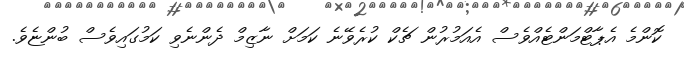
ކޮންމެ އެޕާޓްމަންޓެއްވެސް އެއަމުރުން ޗެކް ކުރެވޭނެ ކަމަށް ނާޒިމް ދެންނެވި ކަމުގައިވެސް ބުންޏެވެ.